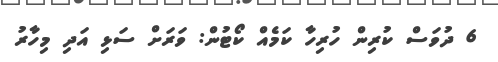
6 ދުވަަސް ކުރިން ހުރިހާ ކަމެއް ކޯޓުން: ވަރަށް ސަޅި އަދި މިހާރު